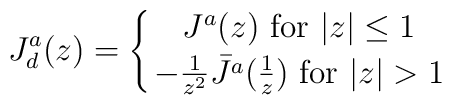
J^a_d(z) = \left\{ {J^a(z) \ {\rm for} \ \vert z \vert \leq 1 }\atop {-{1 \over { z^2} } \bar  J^a({1 \over z}) \ {\rm for} \ \vert z\vert >1  }\right. \